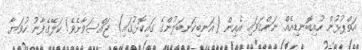
އަތްޕުޅުން ހުއިބޮނޑިއެއް ނަންގަވައި އެއިން (އަނބިކަނބަލުންގެ ގައިކޮޅުގައި) ޖައްސަވާށެވެ! ކަލޭގެފާނު ހުވަޔާ